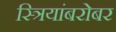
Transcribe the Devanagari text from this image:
स्त्रियांबरोबर